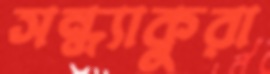
সন্ধ্যাকুরা